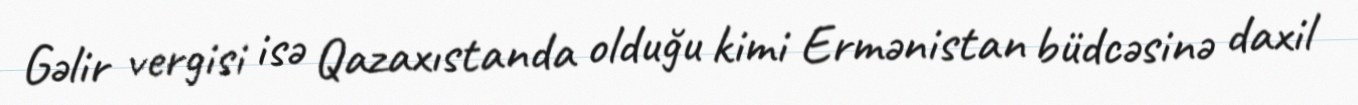
Gəlir vergisi isə Qazaxıstanda olduğu kimi Ermənistan büdcəsinə daxil